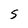
Character: S